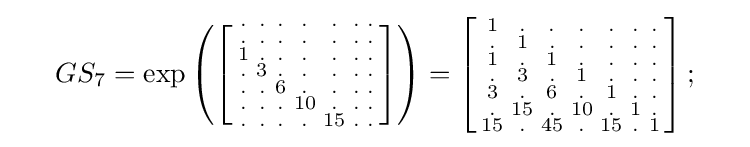
{\begin{array}{lll}&GS_{7}=\exp \left(\left[{\begin{smallmatrix}.&.&.&.&.&.&.\\.&.&.&.&.&.&.\\1&.&.&.&.&.&.\\.&3&.&.&.&.&.\\.&.&6&.&.&.&.\\.&.&.&10&.&.&.\\.&.&.&.&15&.&.\end{smallmatrix}}\right]\right)=\left[{\begin{smallmatrix}1&.&.&.&.&.&.\\.&1&.&.&.&.&.\\1&.&1&.&.&.&.\\.&3&.&1&.&.&.\\3&.&6&.&1&.&.\\.&15&.&10&.&1&.\\15&.&45&.&15&.&1\end{smallmatrix}}\right];\quad \end{array}}